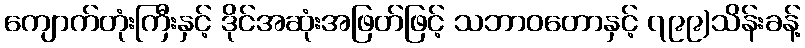
ကျောက်တုံးကြီးနှင့် ဒိုင်အဆုံးအဖြတ်ဖြင့် သဘာဝတောနှင့် ၇၉၉)သိန်းခန့်